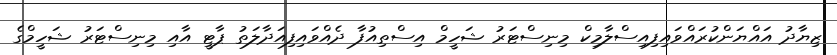
ޒިޔާދު އައްޔަންކުރައްވައިފިއިސްލާމިކް މިނިސްޓަރު ޝަހީމް އިސްތިއުފާ ދެއްވައިފިއަދާލަތު ޕާޓީ އާއި މިނިސްޓަރު ޝަހީމްގެ